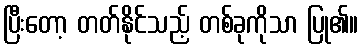
ပြီးတော့ တတ်နိုင်သည့် တစ်ခုကိုသာ ပြု၏။